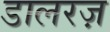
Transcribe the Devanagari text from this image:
डालरज़